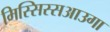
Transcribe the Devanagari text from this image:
मिस्सिस्सआउगा